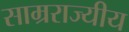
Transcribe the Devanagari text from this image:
साम्रराज्यीय